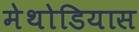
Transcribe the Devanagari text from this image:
मेथोडियास